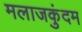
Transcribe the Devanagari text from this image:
मलाजकुंदम